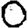
Digit: 0